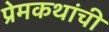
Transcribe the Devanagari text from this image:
प्रेमकथांची